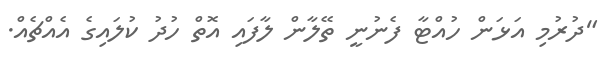
"ދުރުމި އަޅަން ހުއްޓާ ފެނުނީ ތޭލާން ލާފައި އޮތް ހުދު ކުލައިގެ އެއްޗެއް.